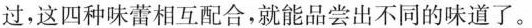
过，这四种味蕾相互配合，就能品尝出不同的味道了。